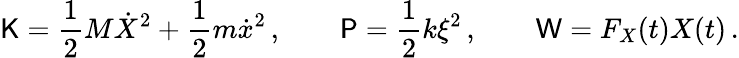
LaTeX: \mathsf{K}=\frac{1}{2}M\dot{X}^{2}+\frac{1}{2}m\dot{x}^{2}\, ,\qquad\mathsf{P}=\frac{1}{2}k\xi^{2}\, ,\qquad\mathsf{W}=F_{X}(t)X(t)\, .